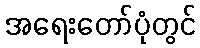
အရေးတော်ပုံတွင်